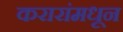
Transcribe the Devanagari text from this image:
करारांमधून